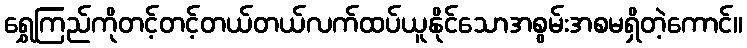
ရွှေကြည်ကိုတင့်တင့်တယ်တယ်လက်ထပ်ယူနိုင်သောအစွမ်းအစမရှိတဲ့ကောင်။